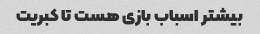
بیشتر اسباب بازی هست تا کبریت